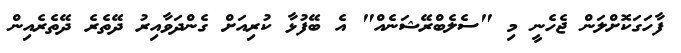
ފާހަގަކޮށްލަން ޖެހެނީ މި "ސެލެބްރޭޝަނެއް" އެ ބޭފުޅާ ކުރިއަށް ގެންދަވާއިރު ދޭތެރެ ދޭތެރެއިން